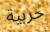
حربية